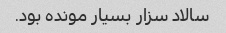
سالاد سزار بسیار مونده بود.